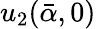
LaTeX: u_{2}(\bar{\alpha},0)